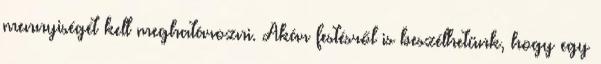
mennyiségét kell meghatározni. Akár festésről is beszélhetünk, hogy egy